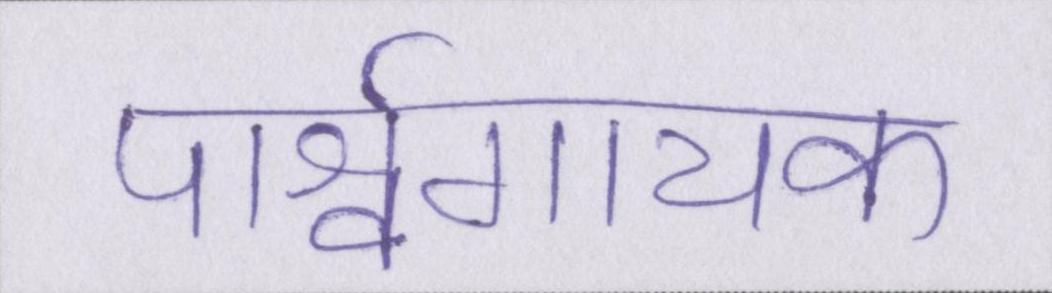
पार्श्वगायक